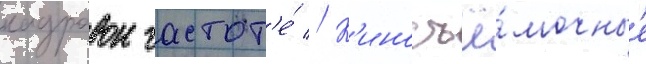
кадровои частот'е́ // К'иносъё́мочные